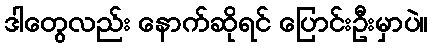
ဒါတွေလည်း နောက်ဆိုရင် ပြောင်းဦးမှာပဲ။